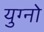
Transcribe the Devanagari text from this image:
युग्नो